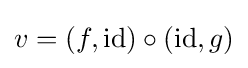
v=(f,\operatorname {id} )\circ (\operatorname {id} ,g)